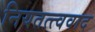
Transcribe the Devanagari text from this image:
नियतत्त्ववाद